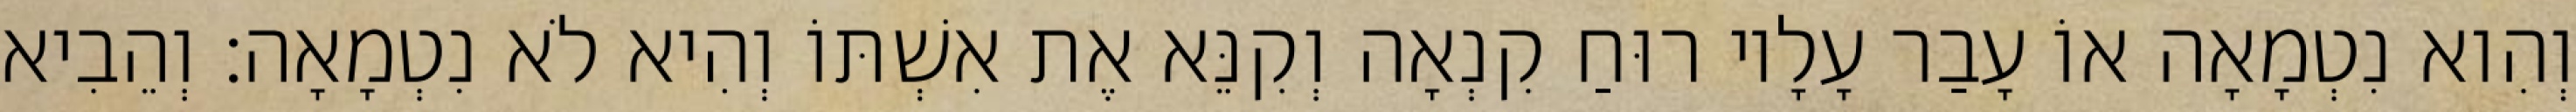
וְהִוא נִטְמָאָה אוֹ עָבַר עָלָיו רוּחַ קִנְאָה וְקִנֵּא אֶת אִשְׁתּוֹ וְהִיא לֹא נִטְמָאָה׃ וְהֵבִיא